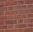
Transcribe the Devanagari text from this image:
चिफ़ू